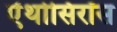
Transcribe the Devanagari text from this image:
ऐंथोसिरॉस